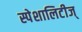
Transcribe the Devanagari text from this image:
स्पेशालिटीज्